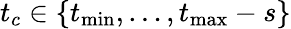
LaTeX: t_{c}\in\{ t_{\operatorname*{min}},\dots,t_{\operatorname*{max}}-s\}